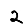
Digit: 2